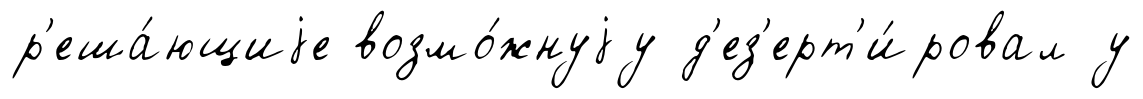
р'еша́ющиjе возмо́жнуjу д'ез'ерт'и́ровал у